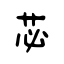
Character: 苾